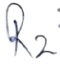
Text: R2